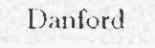
Danford